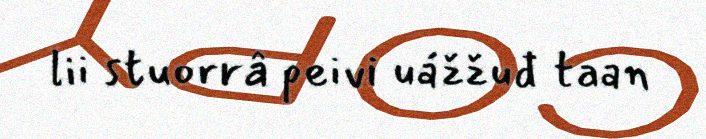
lii stuorrâ peivi uážžuđ taan